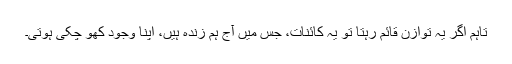
تاہم اگر یہ توازن قائم رہتا تو یہ کائنات، جس میں آج ہم زندہ ہیں، اپنا وجود کھو چکی ہوتی۔